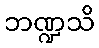
ဘဏ္ဍသိ